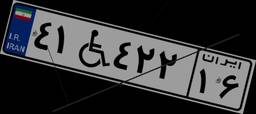
۴۱W۴۲۲۱۶